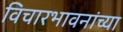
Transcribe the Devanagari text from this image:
विचारभावनांच्या